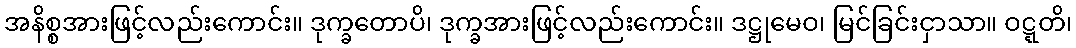
အနိစ္စအားဖြင့်လည်းကောင်း။ ဒုက္ခတောပိ၊ ဒုက္ခအားဖြင့်လည်းကောင်း။ ဒဋ္ဌုမေဝ၊ မြင်ခြင်းငှာသာ။ ဝဋ္ဋတိ၊